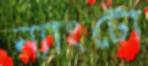
ন্যাংটো